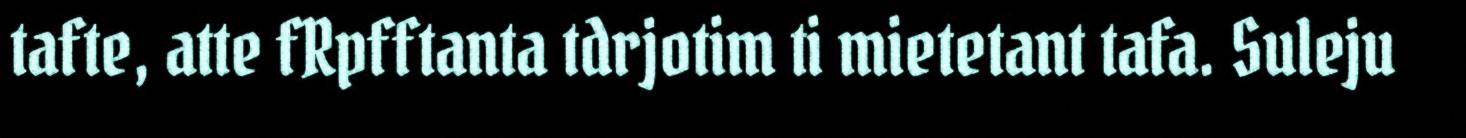
tafte, atte fRpfftanta tdrjotim ti mietetant tafa. Suleju